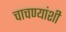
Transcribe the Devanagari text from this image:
चाचण्यांशी